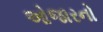
ઓજારનો